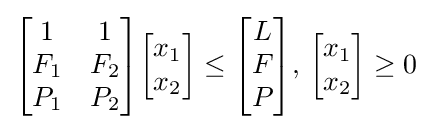
{\begin{bmatrix}1&1\\F_{1}&F_{2}\\P_{1}&P_{2}\end{bmatrix}}{\begin{bmatrix}x_{1}\\x_{2}\end{bmatrix}}\leq {\begin{bmatrix}L\\F\\P\end{bmatrix}},\,{\begin{bmatrix}x_{1}\\x_{2}\end{bmatrix}}\geq 0